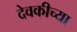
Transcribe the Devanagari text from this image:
देवकीच्या